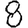
Digit: 8